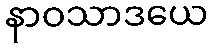
နာဝသာဒယေ